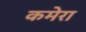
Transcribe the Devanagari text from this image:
कमेरा